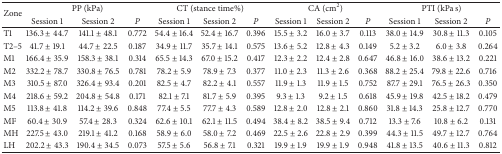
<table><thead><tr><td rowspan="2"><b>Zone</b></td><td colspan="3"><b>PP (kPa)</b></td><td colspan="3"><b>CT (stance time%)</b></td><td colspan="3"><b>CA (cm<sup>2</sup>)</b></td><td colspan="3"><b>PTI (kPa s)</b></td></tr><tr><td><b>Session 1</b></td><td><b>Session 2</b></td><td><b><i>P</i></b></td><td><b>Session 1</b></td><td><b>Session 2</b></td><td><b><i>P</i></b></td><td><b>Session 1</b></td><td><b>Session 2</b></td><td><b><i>P</i></b></td><td><b>Session 1</b></td><td><b>Session 2</b></td><td><b><i>P</i></b></td></tr></thead><tbody><tr><td>T1</td><td>136.3 ± 44.7</td><td>141.1 ± 48.1</td><td>0.772</td><td>54.4 ± 16.4</td><td>52.4 ± 16.7</td><td>0.396</td><td>15.5 ± 3.2</td><td>16.0 ± 3.7</td><td>0.113</td><td>38.0 ± 14.9</td><td>30.8 ± 11.3</td><td>0.105</td></tr><tr><td>T2–5</td><td>41.7 ± 19.1</td><td>44.7 ± 22.5</td><td>0.187</td><td>34.9 ± 11.7</td><td>35.7 ± 14.1</td><td>0.575</td><td>13.6 ± 5.2</td><td>12.8 ± 4.3</td><td>0.149</td><td>5.2 ± 3.2</td><td>6.0 ± 3.8</td><td>0.264</td></tr><tr><td>M1</td><td>166.4 ± 35.9</td><td>158.3 ± 38.1</td><td>0.314</td><td>65.5 ± 14.3</td><td>67.0 ± 15.2</td><td>0.417</td><td>12.3 ± 2.2</td><td>12.4 ± 2.8</td><td>0.647</td><td>46.8 ± 16.0</td><td>38.6 ± 13.2</td><td>0.221</td></tr><tr><td>M2</td><td>332.2 ± 78.7</td><td>330.8 ± 76.5</td><td>0.781</td><td>78.2 ± 5.9</td><td>78.9 ± 7.3</td><td>0.377</td><td>11.0 ± 2.3</td><td>11.3 ± 2.6</td><td>0.368</td><td>88.2 ± 25.4</td><td>79.8 ± 22.6</td><td>0.716</td></tr><tr><td>M3</td><td>310.5 ± 87.0</td><td>326.4 ± 93.4</td><td>0.201</td><td>82.5 ± 4.7</td><td>82.2 ± 4.1</td><td>0.557</td><td>11.9 ± 1.3</td><td>11.9 ± 1.5</td><td>0.752</td><td>87.7 ± 29.1</td><td>76.5 ± 26.3</td><td>0.350</td></tr><tr><td>M4</td><td>218.6 ± 59.2</td><td>204.8 ± 54.8</td><td>0.171</td><td>82.1 ± 7.1</td><td>81.7 ± 5.9</td><td>0.395</td><td>9.3 ± 1.3</td><td>9.2 ± 1.5</td><td>0.618</td><td>45.9 ± 19.8</td><td>42.5 ± 18.2</td><td>0.479</td></tr><tr><td>M5</td><td>113.8 ± 41.8</td><td>114.2 ± 39.6</td><td>0.848</td><td>77.4 ± 5.5</td><td>77.7 ± 4.3</td><td>0.589</td><td>12.8 ± 2.0</td><td>12.8 ± 2.1</td><td>0.860</td><td>31.8 ± 14.3</td><td>25.8 ± 12.7</td><td>0.770</td></tr><tr><td>MF</td><td>60.4 ± 30.9</td><td>57.4 ± 28.3</td><td>0.324</td><td>62.6 ± 10.1</td><td>62.1 ± 11.5</td><td>0.494</td><td>38.4 ± 8.2</td><td>38.5 ± 9.4</td><td>0.712</td><td>13.3 ± 7.6</td><td>10.8 ± 6.2</td><td>0.131</td></tr><tr><td>MH</td><td>227.5 ± 43.0</td><td>219.1 ± 41.2</td><td>0.168</td><td>58.9 ± 6.0</td><td>58.0 ± 7.2</td><td>0.469</td><td>22.5 ± 2.6</td><td>22.8 ± 2.9</td><td>0.399</td><td>44.3 ± 11.5</td><td>49.7 ± 12.7</td><td>0.764</td></tr><tr><td>LH</td><td>202.2 ± 43.3</td><td>190.4 ± 34.5</td><td>0.073</td><td>57.5 ± 5.6</td><td>56.8 ± 7.1</td><td>0.321</td><td>19.9 ± 1.9</td><td>19.9 ± 1.9</td><td>0.948</td><td>41.8 ± 13.5</td><td>40.6 ± 11.3</td><td>0.812</td></tr></tbody></table>